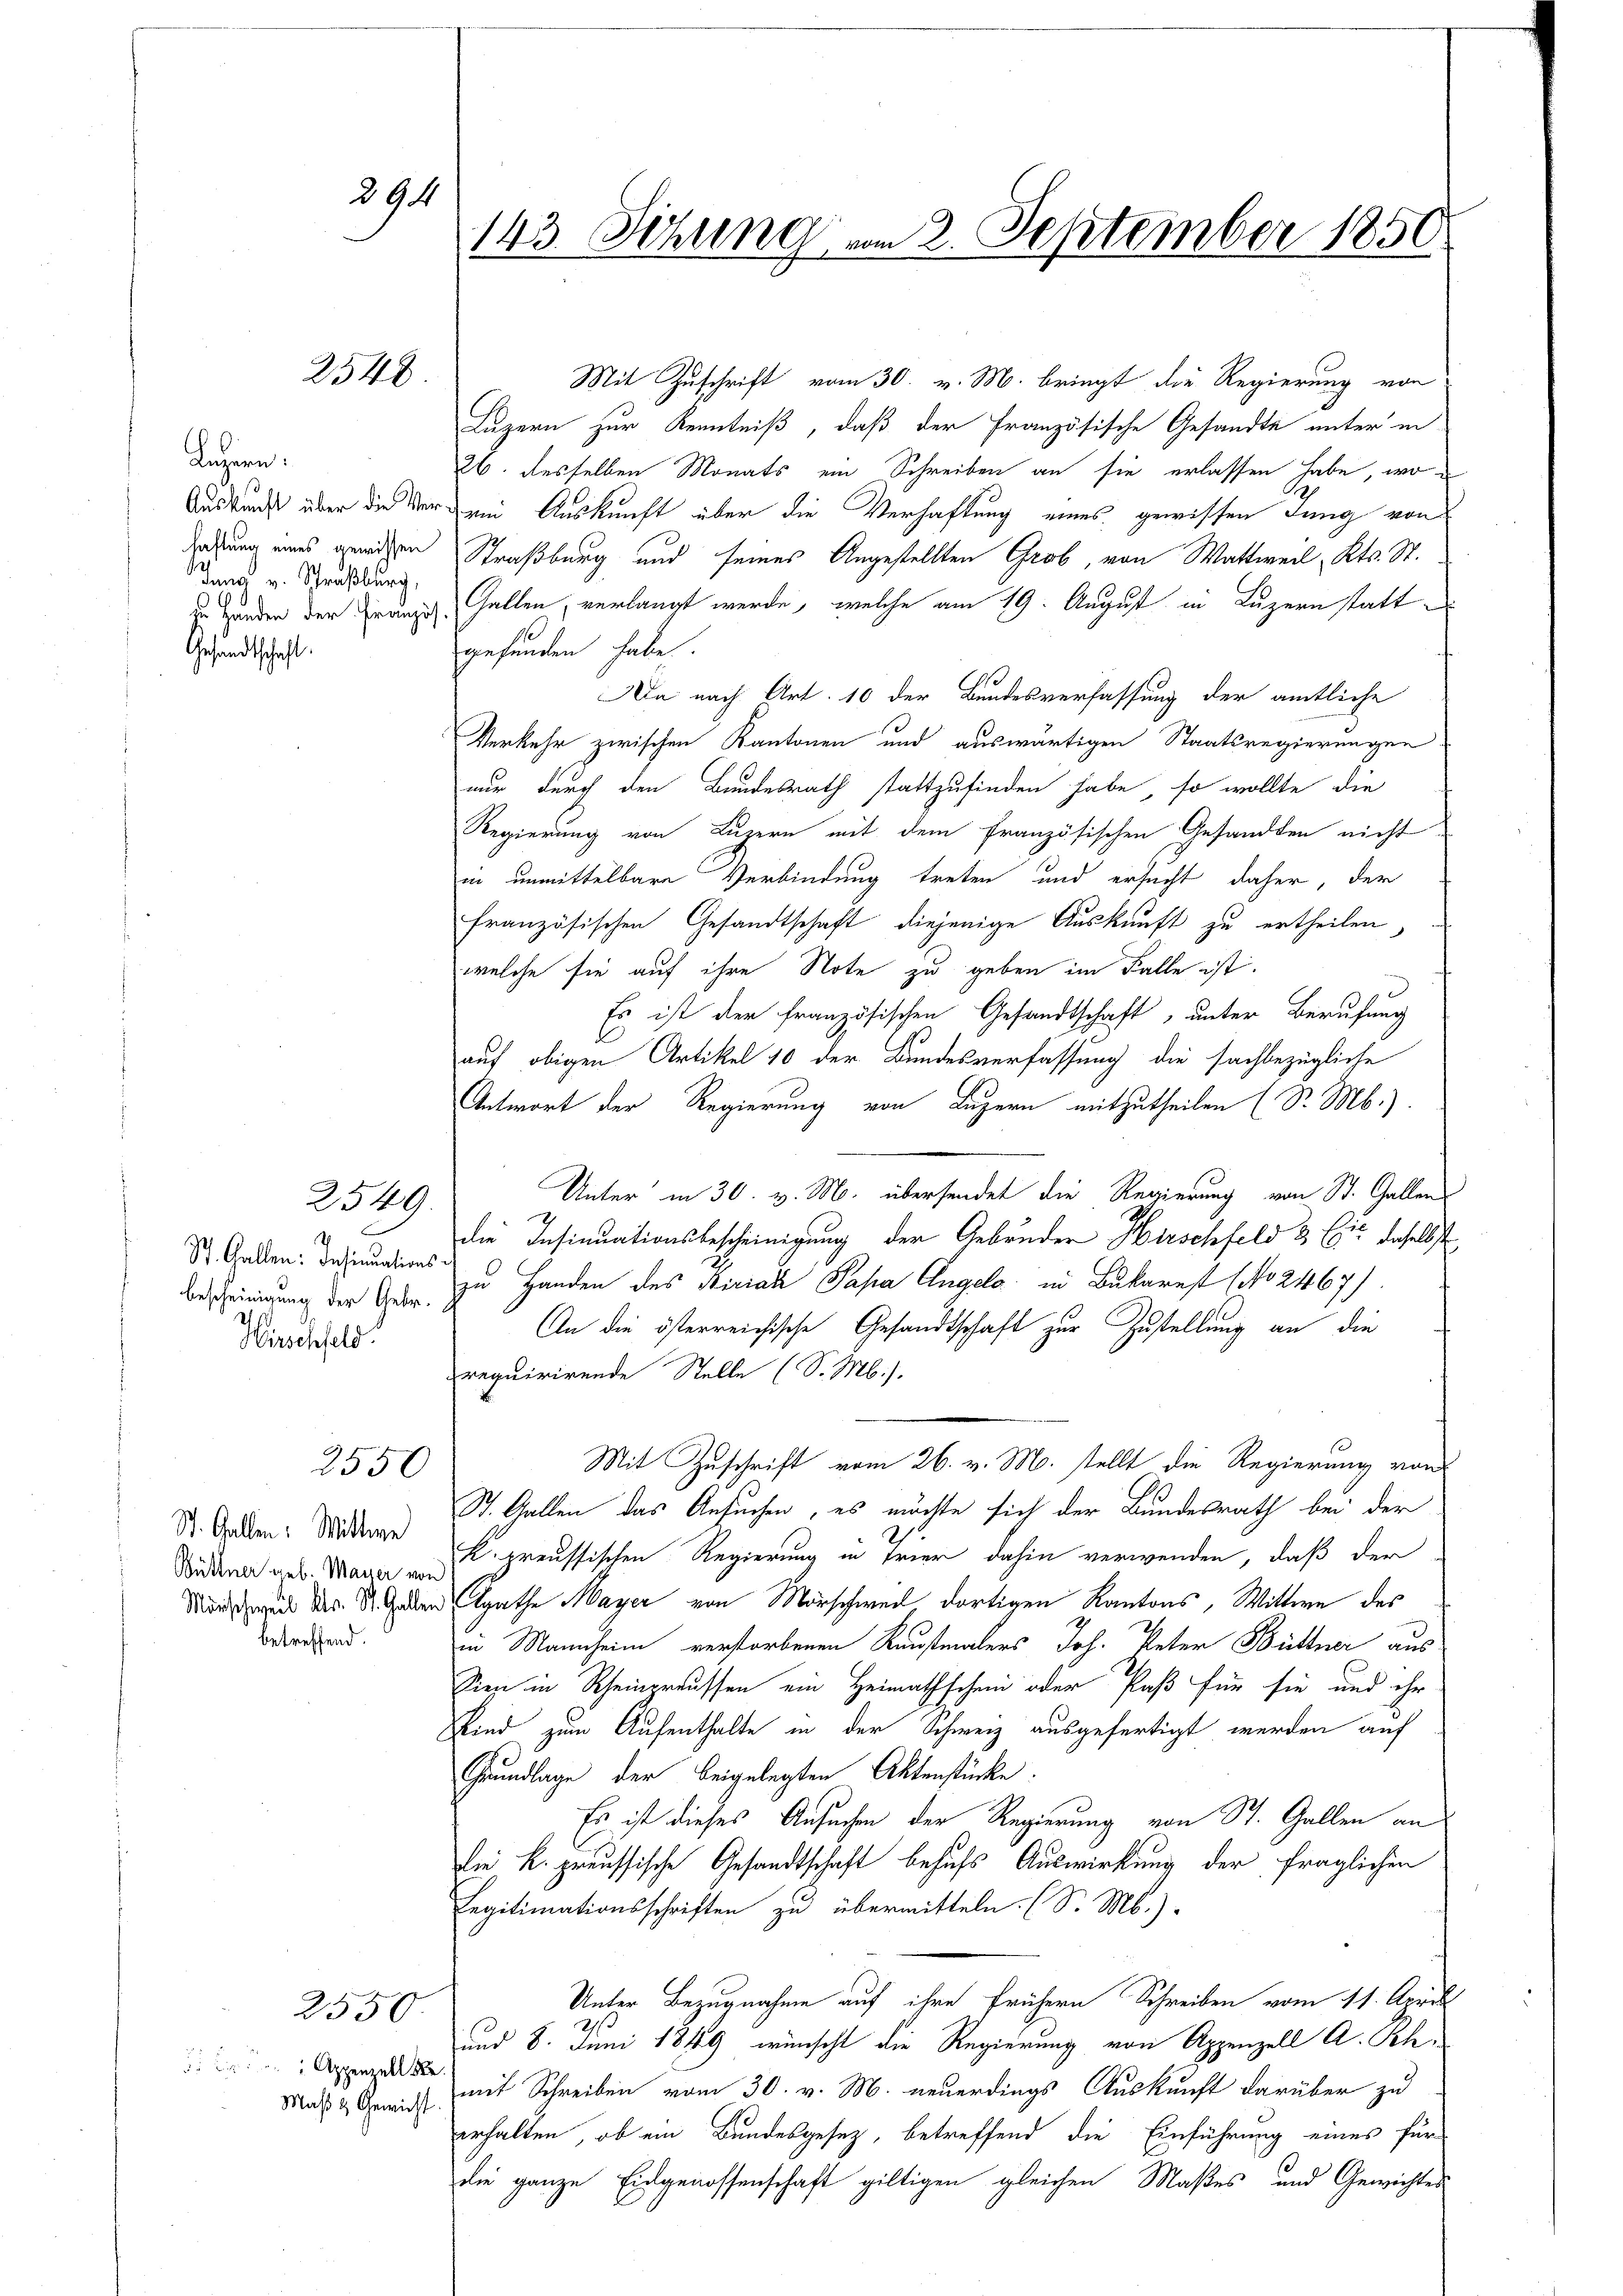
294

2540

Legeren:
Auskunft über die Ver
haftung eines gewissen
dung v. Straßburg,
zu Handen der Franzo
Gesandtschaft.

h
St. Gallen: Insinuations
Bescheinigung der Gebr.
Hirschfeld.

2549.

2550

St. Gallen: Mittwe
Büttner geb. Mayer von
Märschweil des St. Galler
betreffend.

2550
 Appenzell Se
Maß & Gewicht

143. Sitzung vom 2. September 1850

Mit Zuschrift vom 30. v. M. bringt die Regierung von
Luzern zur Kenntniß, daß der französische Gesandte unter in
26. desselben Monats ein Schreiben an sie erlassen habe, wo
eie Auskunft über die Verhaftung eines gewissen Jung von
Straßburg und seines Angestellten Grob, von Wattweil, Kts. St.
Gallen, verlangt werde, welche am 19. August in Luzern stattgefunden habe.
Da nach Art. 10 der Bundesverfassung der amtliche
Verkehr zwischen Kantonen und auswärtigen Staatsregierungen
nur durch den Bundesrath stattzufinden habe, so wollte die
Regierung von Luzern mit dem französischen Gesandten nicht
in unmittelbare Verbindung treten und ersucht daher, der
französischen Gesandtschaft diejenige Auskunft zu ertheilen.
welche sie auf ihre Note zu geben im Falle ist.
Es ist der französischen Gesandtschaft, unter Berufung
l
auf obigen Artikel 10 der Bundesverfassung die sachbezügliche
Antwort der Regierung von Luzern mitzutheilen (S. Mb.).
Unter in 30. v. M. übersendet die Regierung von St. Gallen
die Insinuationsbescheinigung der Gebrüder Hirschfeld & Cie daselbst
zu Handen des Birial Papa Angela in Bukarnst (No 2467)
An die österreichische Gesandtschaft zur Zustellung an die
requirirende Stelle (S. M.).
Mit Zuschrift vom 26. v. M. stellt die Regierung von
St. Gallen das Ansuchen, es möchte sich der Bundesrath bei der
K. preussischen Regierung in Trier dahin verwenden, daß der
Agathe Mayer von Morschweil dortigen Kantons, Wittwe des
in Mannheim verstorbenen Kunstmalers Joh. Peter Büttner aus
Sien in Rheineraussen ein Heimathschein oder Paß für sie und ihr
Kind zum Aufenthalte in der Schweiz ausgefertigt werden auf
Grundlage der beigelegten Aktenstücke.
Es ist dieses Ansuchen der Regierung von St. Gallen an
die k. preussische Gesandtschaft behufs Auswirkung der fraglichen
Legitimationsschriften zu übermitteln. (S. Mb.).
Unter Bezugnahme auf ihre frühern Schreiben vom 11. April
2
und 8. Juni 1849 wünscht die Regierung von Appenzell A. Schmit Schreiben vom 30. v. M. neuerdings Auskunft darüber zu
erhalten, ob ein Bundesgesetz, betreffend die Einführung eines für
die ganze Eidgenossenschaft giltigen gleichen Maßes und Gewichtes